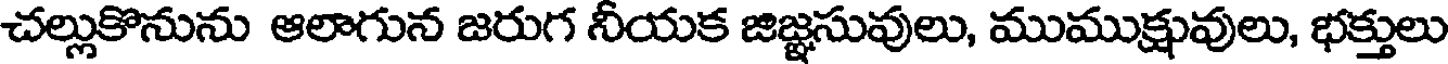
చల్లుకొనును ఆలాగున జరుగ నీయక జిజ్ఞసువులు, ముముక్షువులు, భక్తులు